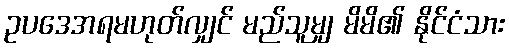
ဥပဒေအရမဟုတ်လျှင် မည်သူမျှ မိမိ၏ နိုင်ငံသား